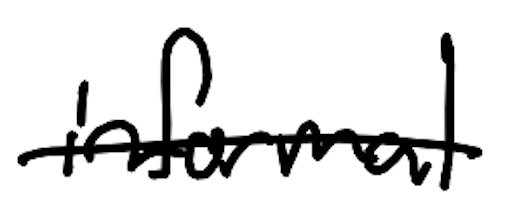
Text: informal
Cross-out: single-line
Writing tool: digital_black